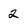
Character: 2